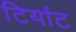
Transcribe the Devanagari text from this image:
टियांट